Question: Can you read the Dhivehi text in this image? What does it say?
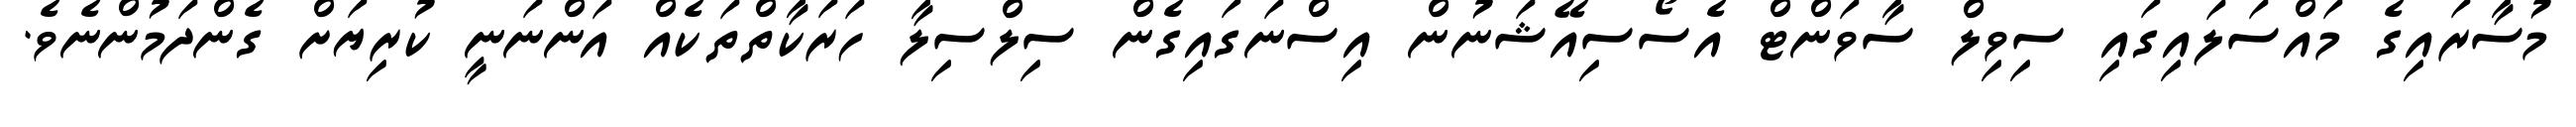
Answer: މުސާރައިގެ މައްސަލައިގައި ސިވިލް ސާވަންޓް އެސޯސިއޭޝަނުން އިސްނަގައިގެން ސިލްސިލާ ހަރަކާތްތަކެއް އަންނަނީ ކުރިޔަށް ގެންދަމުންނެވެ.